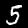
Digit: 5